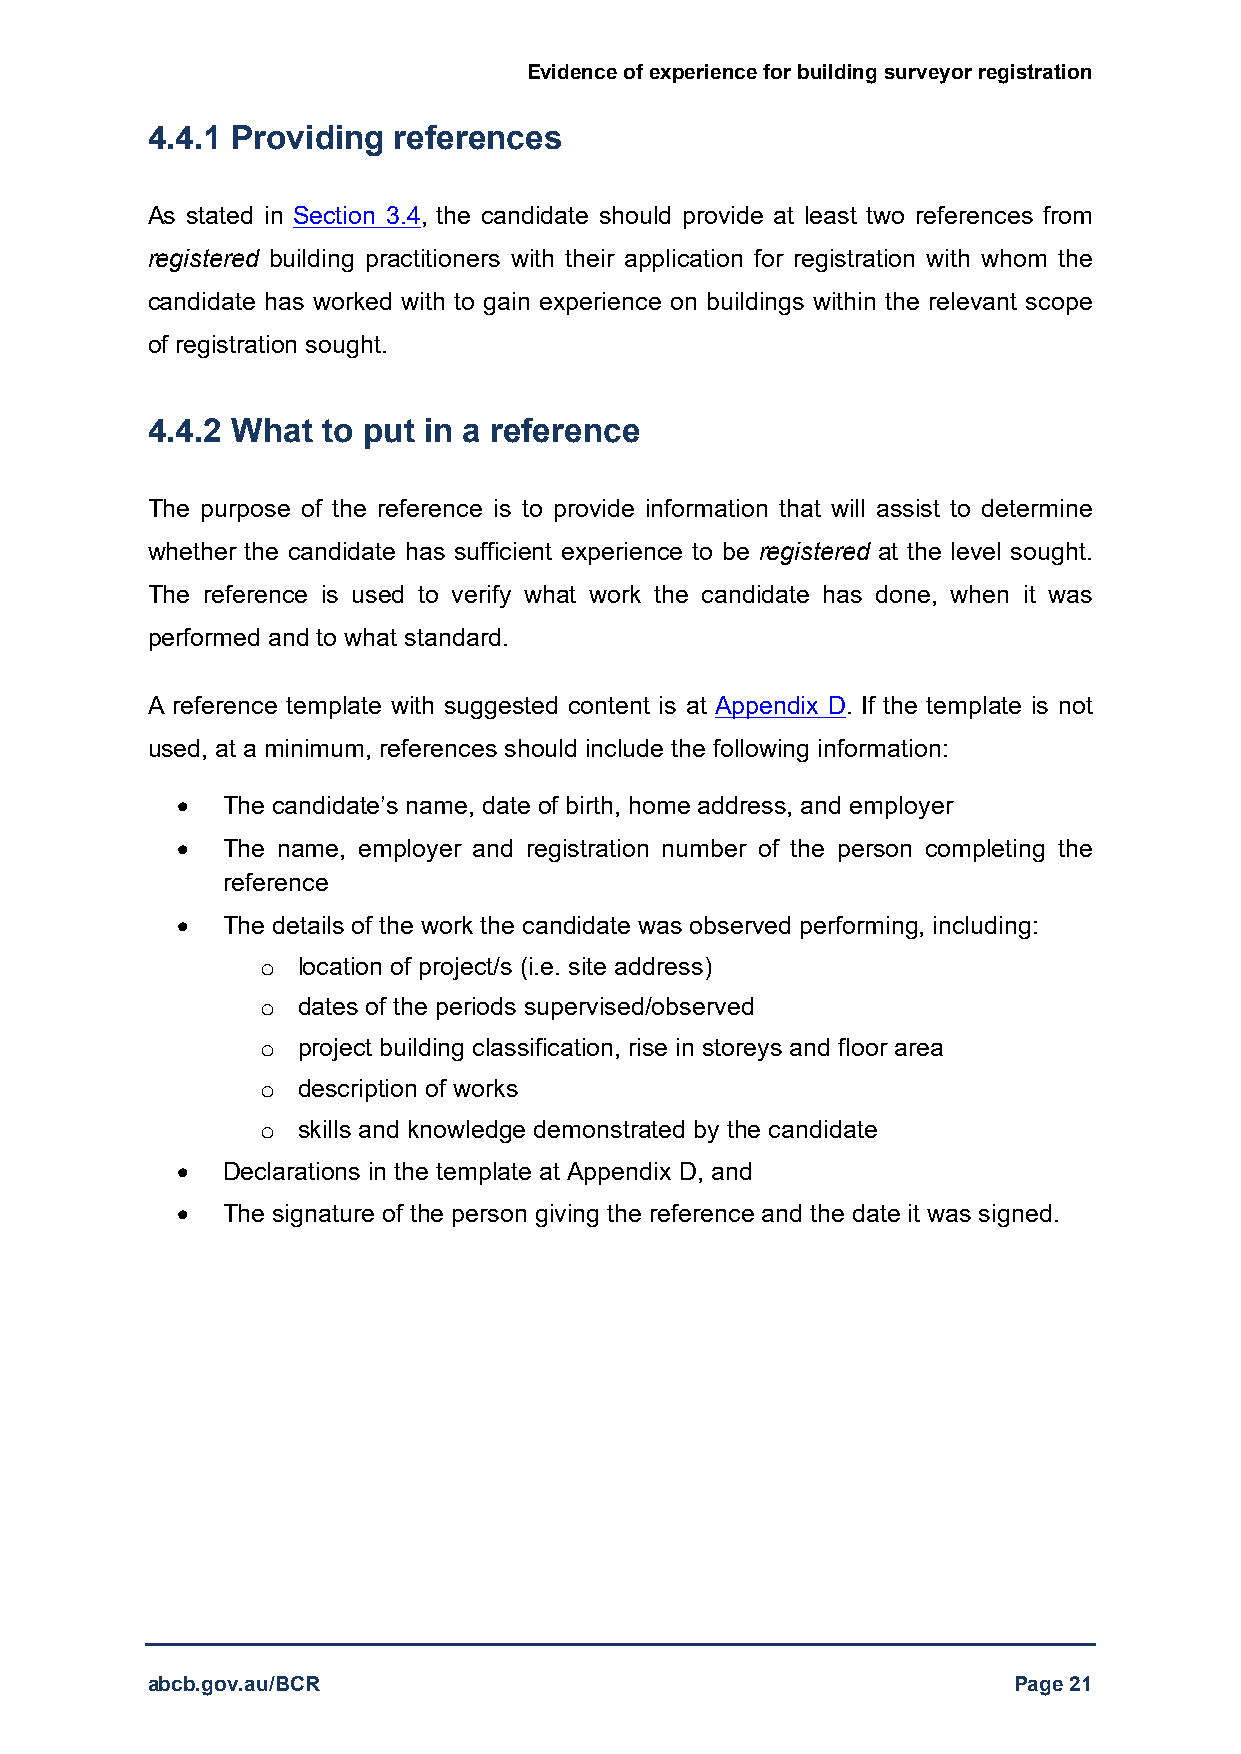
Evidence of experience for building surveyor registration
 4.4.1 Providing references
 As stated in Section 3.4, the candidate should provide at least two references from
 registered building practitioners with their application for registration with whom the
 candidate has worked with to gain experience on buildings within the relevant scope
 of registration sought.
 4.4.2 What to put in a reference
 The purpose of the reference is to provide information that will assist to determine
 whether the candidate has sufficient experience to be registered at the level sought.
 The reference is used to verify what work the candidate has done, when it was
 performed and to what standard.
 A reference template with suggested content is at Appendix D. If the template is not
 used, at a minimum, references should include the following information:
   The candidate’s name, date of birth, home address, and employer
   The name, employer and registration number of the person completing the
 reference
   The details of the work the candidate was observed performing, including:
 o  location of project/s (i.e. site address)
 o  dates of the periods supervised/observed
 o  project building classification, rise in storeys and floor area
 o  description of works
 o  skills and knowledge demonstrated by the candidate
   Declarations in the template at Appendix D, and
   The signature of the person giving the reference and the date it was signed.
 abcb.gov.au/BCR                                          Page 21